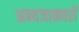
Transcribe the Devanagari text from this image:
अन्यजानवरों